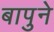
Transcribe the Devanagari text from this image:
बापुने